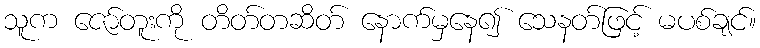
သူက ဇော်တူးကို တိတ်တဆိတ် နောက်မှနေ၍ သေနတ်ဖြင့် မပစ်ချင်။